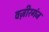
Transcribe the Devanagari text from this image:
वज़ीरगंज